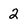
Character: 2